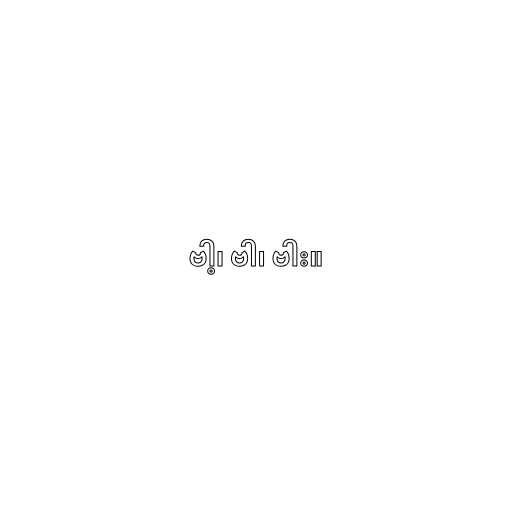
ဗါ့၊ ဗါ၊ ဗါး။